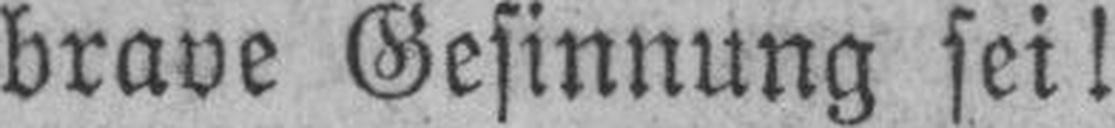
brave Gesinnung sei!